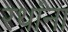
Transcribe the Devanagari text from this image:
रथांना